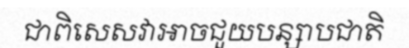
ជាពិសេសវាអាចជួយបន្សាបជាតិ